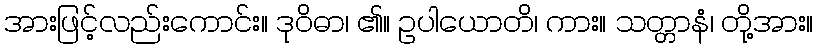
အားဖြင့်လည်းကောင်း။ ဒုဝိဓာ၊ ၏။ ဥပါယောတိ၊ ကား။ သတ္တာနံ၊ တို့အား။